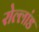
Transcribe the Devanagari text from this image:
रोल्लांड